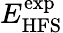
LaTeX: E_{\mathrm{HFS}}^{\mathrm{exp}}